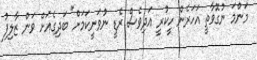
މަންމަ ނުގޮވާތީ އަހަރެން ހީކުރީ އަދިވެސް ރެޑީ ނުވަނީކަމަށް" ބަދިގެއަށް ވަން ޒާލިފު